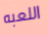
اللعبه